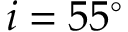
i = 5 5 ^ { \circ }